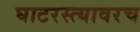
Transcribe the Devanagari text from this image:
घाटरस्त्यावरच